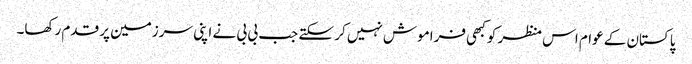
پاکستان کے عوام اس منظر کو کبھی فراموش نہیں کر سکتے جب بی بی نے اپنی سرزمین پر قدم رکھا۔